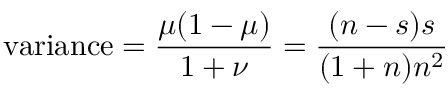
{ \mathrm { v a r i a n c e } } = { \frac { \mu ( 1 - \mu ) } { 1 + \nu } } = { \frac { ( n - s ) s } { ( 1 + n ) n ^ { 2 } } }